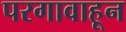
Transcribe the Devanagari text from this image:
परगावाहून